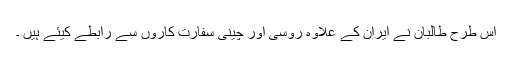
اس طرح طالبان نے ایران کے علاوہ روسی اور چینی سفارت کاروں سے رابطے کیئے ہیں ۔